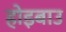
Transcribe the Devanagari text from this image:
होइबाउ